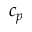
c _ { p }